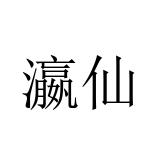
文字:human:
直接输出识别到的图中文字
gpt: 瀛仙